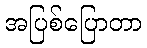
အပြစ်ပြောတာ